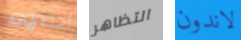
أحضروه التظاهر لاندون